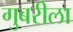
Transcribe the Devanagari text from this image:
गुबरीला